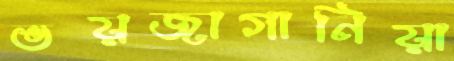
ভয়জাগানিয়া